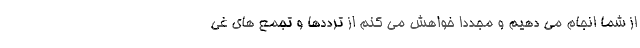
از شما انجام می دهیم و مجددا خواهش می کنم از ترددها و تجمع های غی